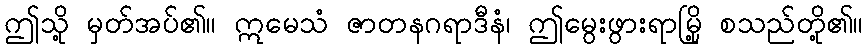
ဤသို့ မှတ်အပ်၏။ ဣမေသံ ဇာတနဂရာဒီနံ၊ ဤမွေးဖွားရာမြို့ စသည်တို့၏။